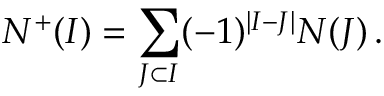
N ^ { + } ( I ) = \sum _ { J \subset I } ( - 1 ) ^ { | I - J | } N ( J ) \, .